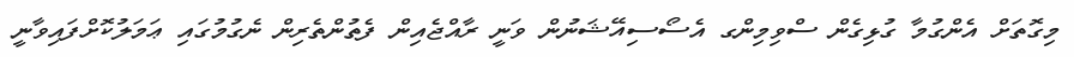
މިގޮތަށް އެންގުމާ ގުޅިގެން ސްވިމިންގ އެސޯސިއޭޝަނުން ވަނީ ރާއްޖެއިން ފެތުންތެރިން ނެގުމުގައި ޢަމަލުކޮށްފައިވާނީ